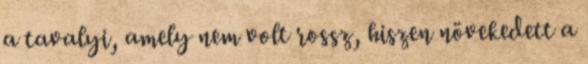
a tavalyi, amely nem volt rossz, hiszen növekedett a